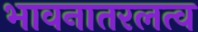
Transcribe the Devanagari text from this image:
भावनातरलत्व